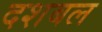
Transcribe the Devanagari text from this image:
दशबल